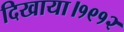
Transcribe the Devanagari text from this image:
दिखाया।१९१२